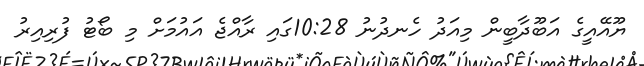
ޔޫއޭއީގެ އަބޫދާބީން މިއަދު ހެނދުނު 10:28ގައި ރާއްޖެ އައުމަށް މި ބޯޓު ފުރިއިރު